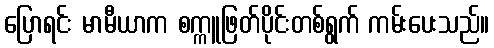
ပြောရင်း မာမီယာက စက္ကူဖြတ်ပိုင်းတစ်ရွက် ကမ်းပေးသည်။